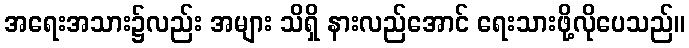
အရေးအသား၌လည်း အများ သိရှိ နားလည်အောင် ရေးသားဖို့လိုပေသည်။